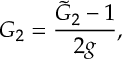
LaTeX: G _ { 2 } = \frac { { \tilde { G } } _ { 2 } - 1 } { 2 g } ,